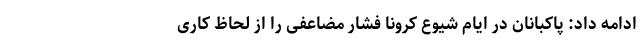
ادامه داد: پاکبانان در ایام شیوع کرونا فشار مضاعفی را از لحاظ کاری